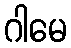
ဂါမေ